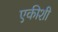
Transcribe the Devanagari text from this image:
एकीशी